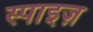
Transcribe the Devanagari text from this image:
स्पाइज़